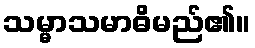
သမ္မာသမာဓိမည်၏။